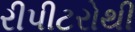
રીપીટરોથી